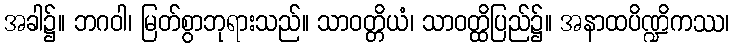
အခါ၌။ ဘဂဝါ၊ မြတ်စွာဘုရားသည်။ သာဝတ္တိယံ၊ သာဝတ္ထိပြည်၌။ အနာထပိဏ္ဍိကဿ၊